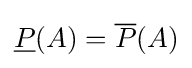
{\underline {P}}(A)={\overline {P}}(A)